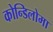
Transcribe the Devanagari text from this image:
कोन्डिलोमा